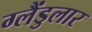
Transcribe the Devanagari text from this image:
ग्लैंडुलार